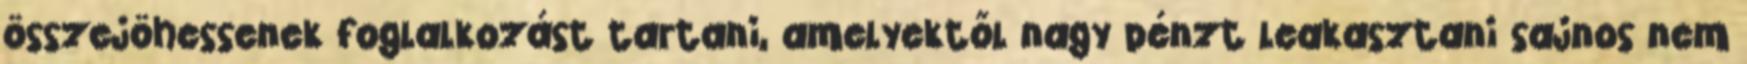
összejöhessenek foglalkozást tartani, amelyektől nagy pénzt leakasztani sajnos nem